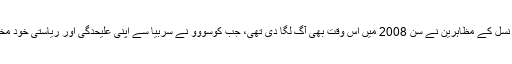
اس چیک پوسٹ کو سرب نسل کے مظاہرین نے سن 2008 میں اس وقت بھی آگ لگا دی تھی، جب کوسووو نے سربیا سے اپنی علیٰحدگی اور ریاستی خود مختاری کا اعلان کر دیا تھا۔